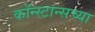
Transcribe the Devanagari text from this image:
कॉन्स्टान्सच्या